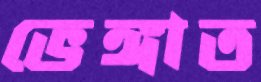
ভেঙ্গাত